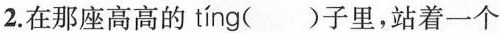
2.在那座高高的tíng()子里，站着一个